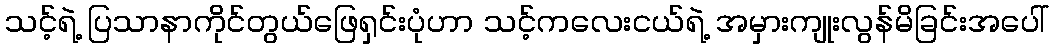
သင့်ရဲ့ ပြသာနာကိုင်တွယ်ဖြေရှင်းပုံဟာ သင့်ကလေးငယ်ရဲ့ အမှားကျုးလွန်မိခြင်းအပေါ်